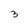
Character: 3